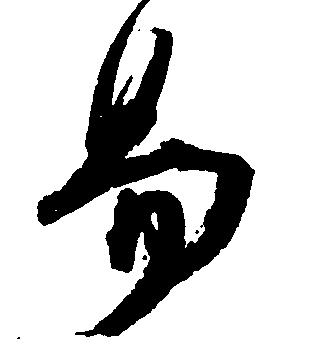
易